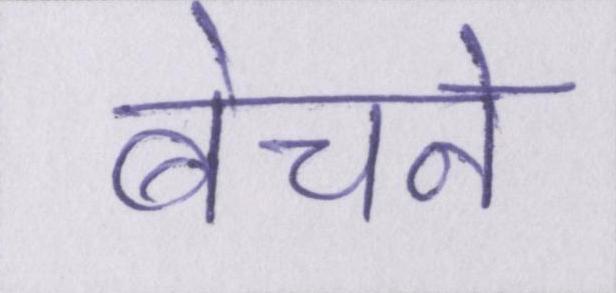
बेचने